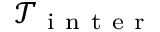
\mathcal { T } _ { \mathrm { ~ i ~ n ~ t ~ e ~ r ~ } }